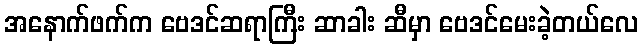
အနောက်ဖက်က ဗေဒင်ဆရာကြီး ဆာခါး ဆီမှာ ဗေဒင်မေးခဲ့တယ်လေ